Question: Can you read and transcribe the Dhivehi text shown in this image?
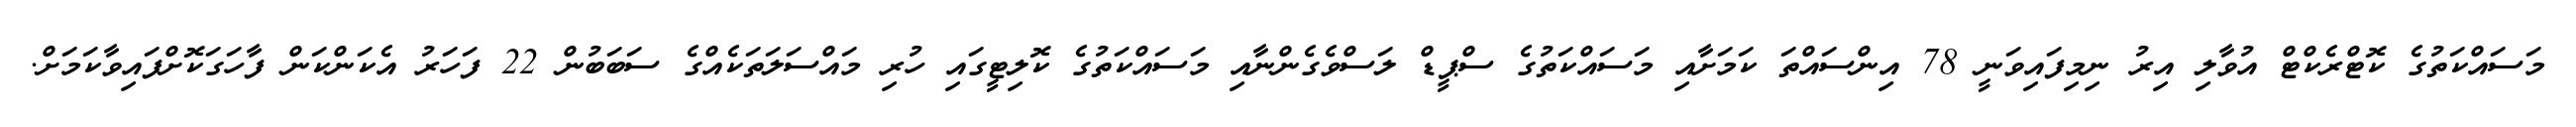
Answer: މަސައްކަތުގެ ކޮޓްރެކްޓް އުވާލި އިރު ނިމިފައިވަނީ 78 އިންސައްތަ ކަމަށާއި މަސައްކަތުގެ ސްޕީޑް ލަސްވެގެންނާއި މަސައްކަތުގެ ކޮލިޓީގައި ހުރި މައްސަލަތަކެއްގެ ސަބަބުން 22 ފަހަރު އެކަންކަން ފާހަގަކޮށްފައިވާކަމަށް.